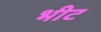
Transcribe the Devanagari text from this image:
भीट